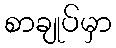
စာချုပ်မှာ